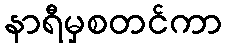
နာရီမှစတင်ကာ